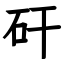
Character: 矸